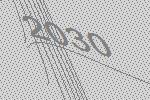
2030